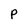
Character: P